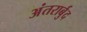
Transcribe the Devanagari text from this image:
अंतरार्बुद